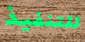
للتنفيذ